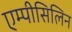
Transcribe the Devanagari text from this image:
एम्पीसिलिन